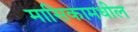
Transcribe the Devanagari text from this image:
मासिकामधील